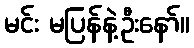
မင်း မပြန်နဲ့ဦးနော်။